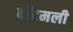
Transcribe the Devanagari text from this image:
बॉटमली